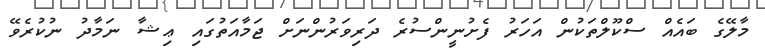
މާލޭގެ ބައެއް ސްކޫލްތަކުން އަހަރު ފެށުނީންސުރެ ދަރިވަރުންނަށް ޖަމާއަތުގައި ޢިޝާ ނަމާދު ނުކުރެވޭ